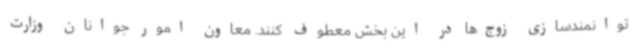
توانمندسازی زوج‌ها در این بخش معطوف کنند. معاون امور جوانان وزارت